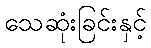
သေဆုံးခြင်းနှင့်